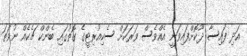
އަދި ފައިސާ ދޫކޮށްފައިވަނީ އެއްވެސް ވަރަކަށް ސެކިއުރިޓީގެ ގޮތުގައި ބެންކް ޗެކެއް ނުވަތަ